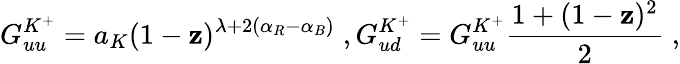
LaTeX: G_{uu}^{K^{+}}=a_{K}(1-\mathbf{z})^{\lambda+2(\alpha_{R}-\alpha_{B})}\; ,G_{ud}^{K^{+}}=G_{uu}^{K^{+}}\frac{{1+(1-\mathbf{z})^{2}}}{2}\; ,